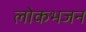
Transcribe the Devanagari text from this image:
लोकभजन